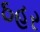
ઠહર